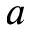
a